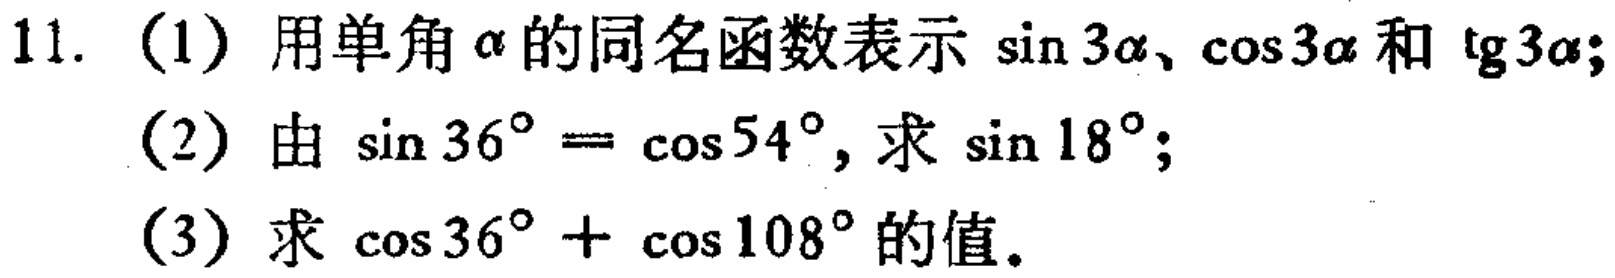
11. (1) 用单角\(\alpha\)的同名函数表示\(\sin 3\alpha\)、\(\cos 3\alpha\)和\(\mathrm{tg}3\alpha\)；

(2) 由\(\sin 36^{\circ}=\cos 54^{\circ}\)，求\(\sin 18^{\circ}\)；

(3) 求\(\cos 36^{\circ}+\cos 108^{\circ}\)的值。